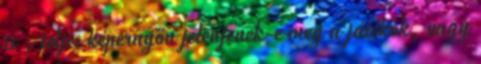
is , teljes képernyőn jelenjenek-e meg a játékok, vagy